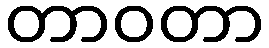
တာဝတာ